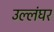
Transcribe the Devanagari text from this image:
उल्लंघर